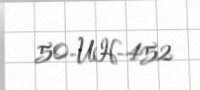
50-UH-452